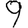
Digit: 9